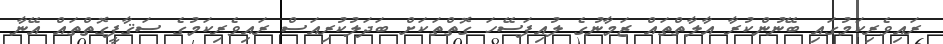
ރައިވެރިކަމުގައި ބޭނުންކުރާ އާލާތްތައް ޒަމާނުގެ ލުއިފަސޭހަ ގޮތްތަކަށް ބަދަލުކުރިއަސް ރައިވެރިކަމުގެ ސަޤާފީގޮތްތައް އޭނާ